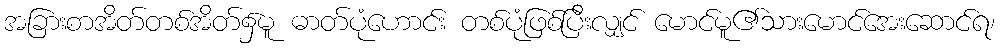
အခြားစာအိတ်တစ်အိတ်၌မူ ဓာတ်ပုံဟောင်း တစ်ပုံဖြစ်ပြီးလျှင် မောင်မူ၏သားမောင်အေးဆောင်ရ၊